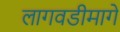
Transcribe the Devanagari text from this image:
लागवडीमागे